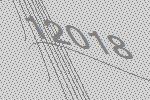
12018